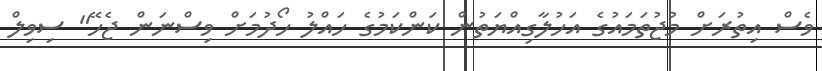
ވެސް އިތުރަށް މުޖުތަމައުގެ އަހުލާގިއްޔަތުން ކަންކަމުގެ ހައްލު ހޯދުމަށް ވިސްނަން ޖެހޭ" ސިވިލް